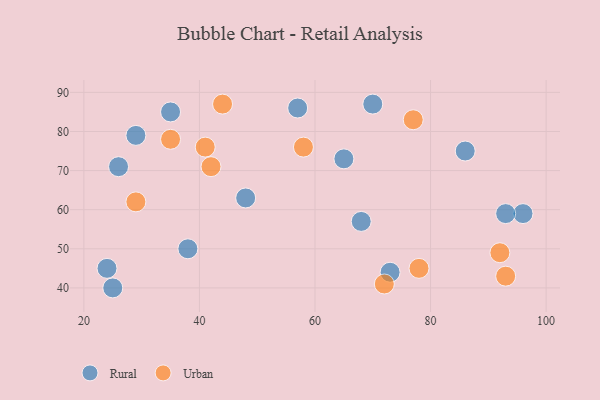
{"axis": {"x": "GDP", "y": "Life Expectancy"}, "legend": ["Rural", "Urban"], "data": [{"x": "35", "y": 85, "type": "Rural"}, {"x": "29", "y": 79, "type": "Rural"}, {"x": "25", "y": 40, "type": "Rural"}, {"x": "26", "y": 71, "type": "Rural"}, {"x": "48", "y": 63, "type": "Rural"}, {"x": "96", "y": 59, "type": "Rural"}, {"x": "70", "y": 87, "type": "Rural"}, {"x": "93", "y": 59, "type": "Rural"}, {"x": "57", "y": 86, "type": "Rural"}, {"x": "73", "y": 44, "type": "Rural"}, {"x": "24", "y": 45, "type": "Rural"}, {"x": "65", "y": 73, "type": "Rural"}, {"x": "38", "y": 50, "type": "Rural"}, {"x": "68", "y": 57, "type": "Rural"}, {"x": "86", "y": 75, "type": "Rural"}, {"x": "35", "y": 78, "type": "Urban"}, {"x": "41", "y": 76, "type": "Urban"}, {"x": "29", "y": 62, "type": "Urban"}, {"x": "58", "y": 76, "type": "Urban"}, {"x": "44", "y": 87, "type": "Urban"}, {"x": "42", "y": 71, "type": "Urban"}, {"x": "92", "y": 49, "type": "Urban"}, {"x": "78", "y": 45, "type": "Urban"}, {"x": "72", "y": 41, "type": "Urban"}, {"x": "93", "y": 43, "type": "Urban"}, {"x": "77", "y": 83, "type": "Urban"}]}